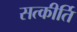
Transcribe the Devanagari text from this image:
सत्कीर्ति